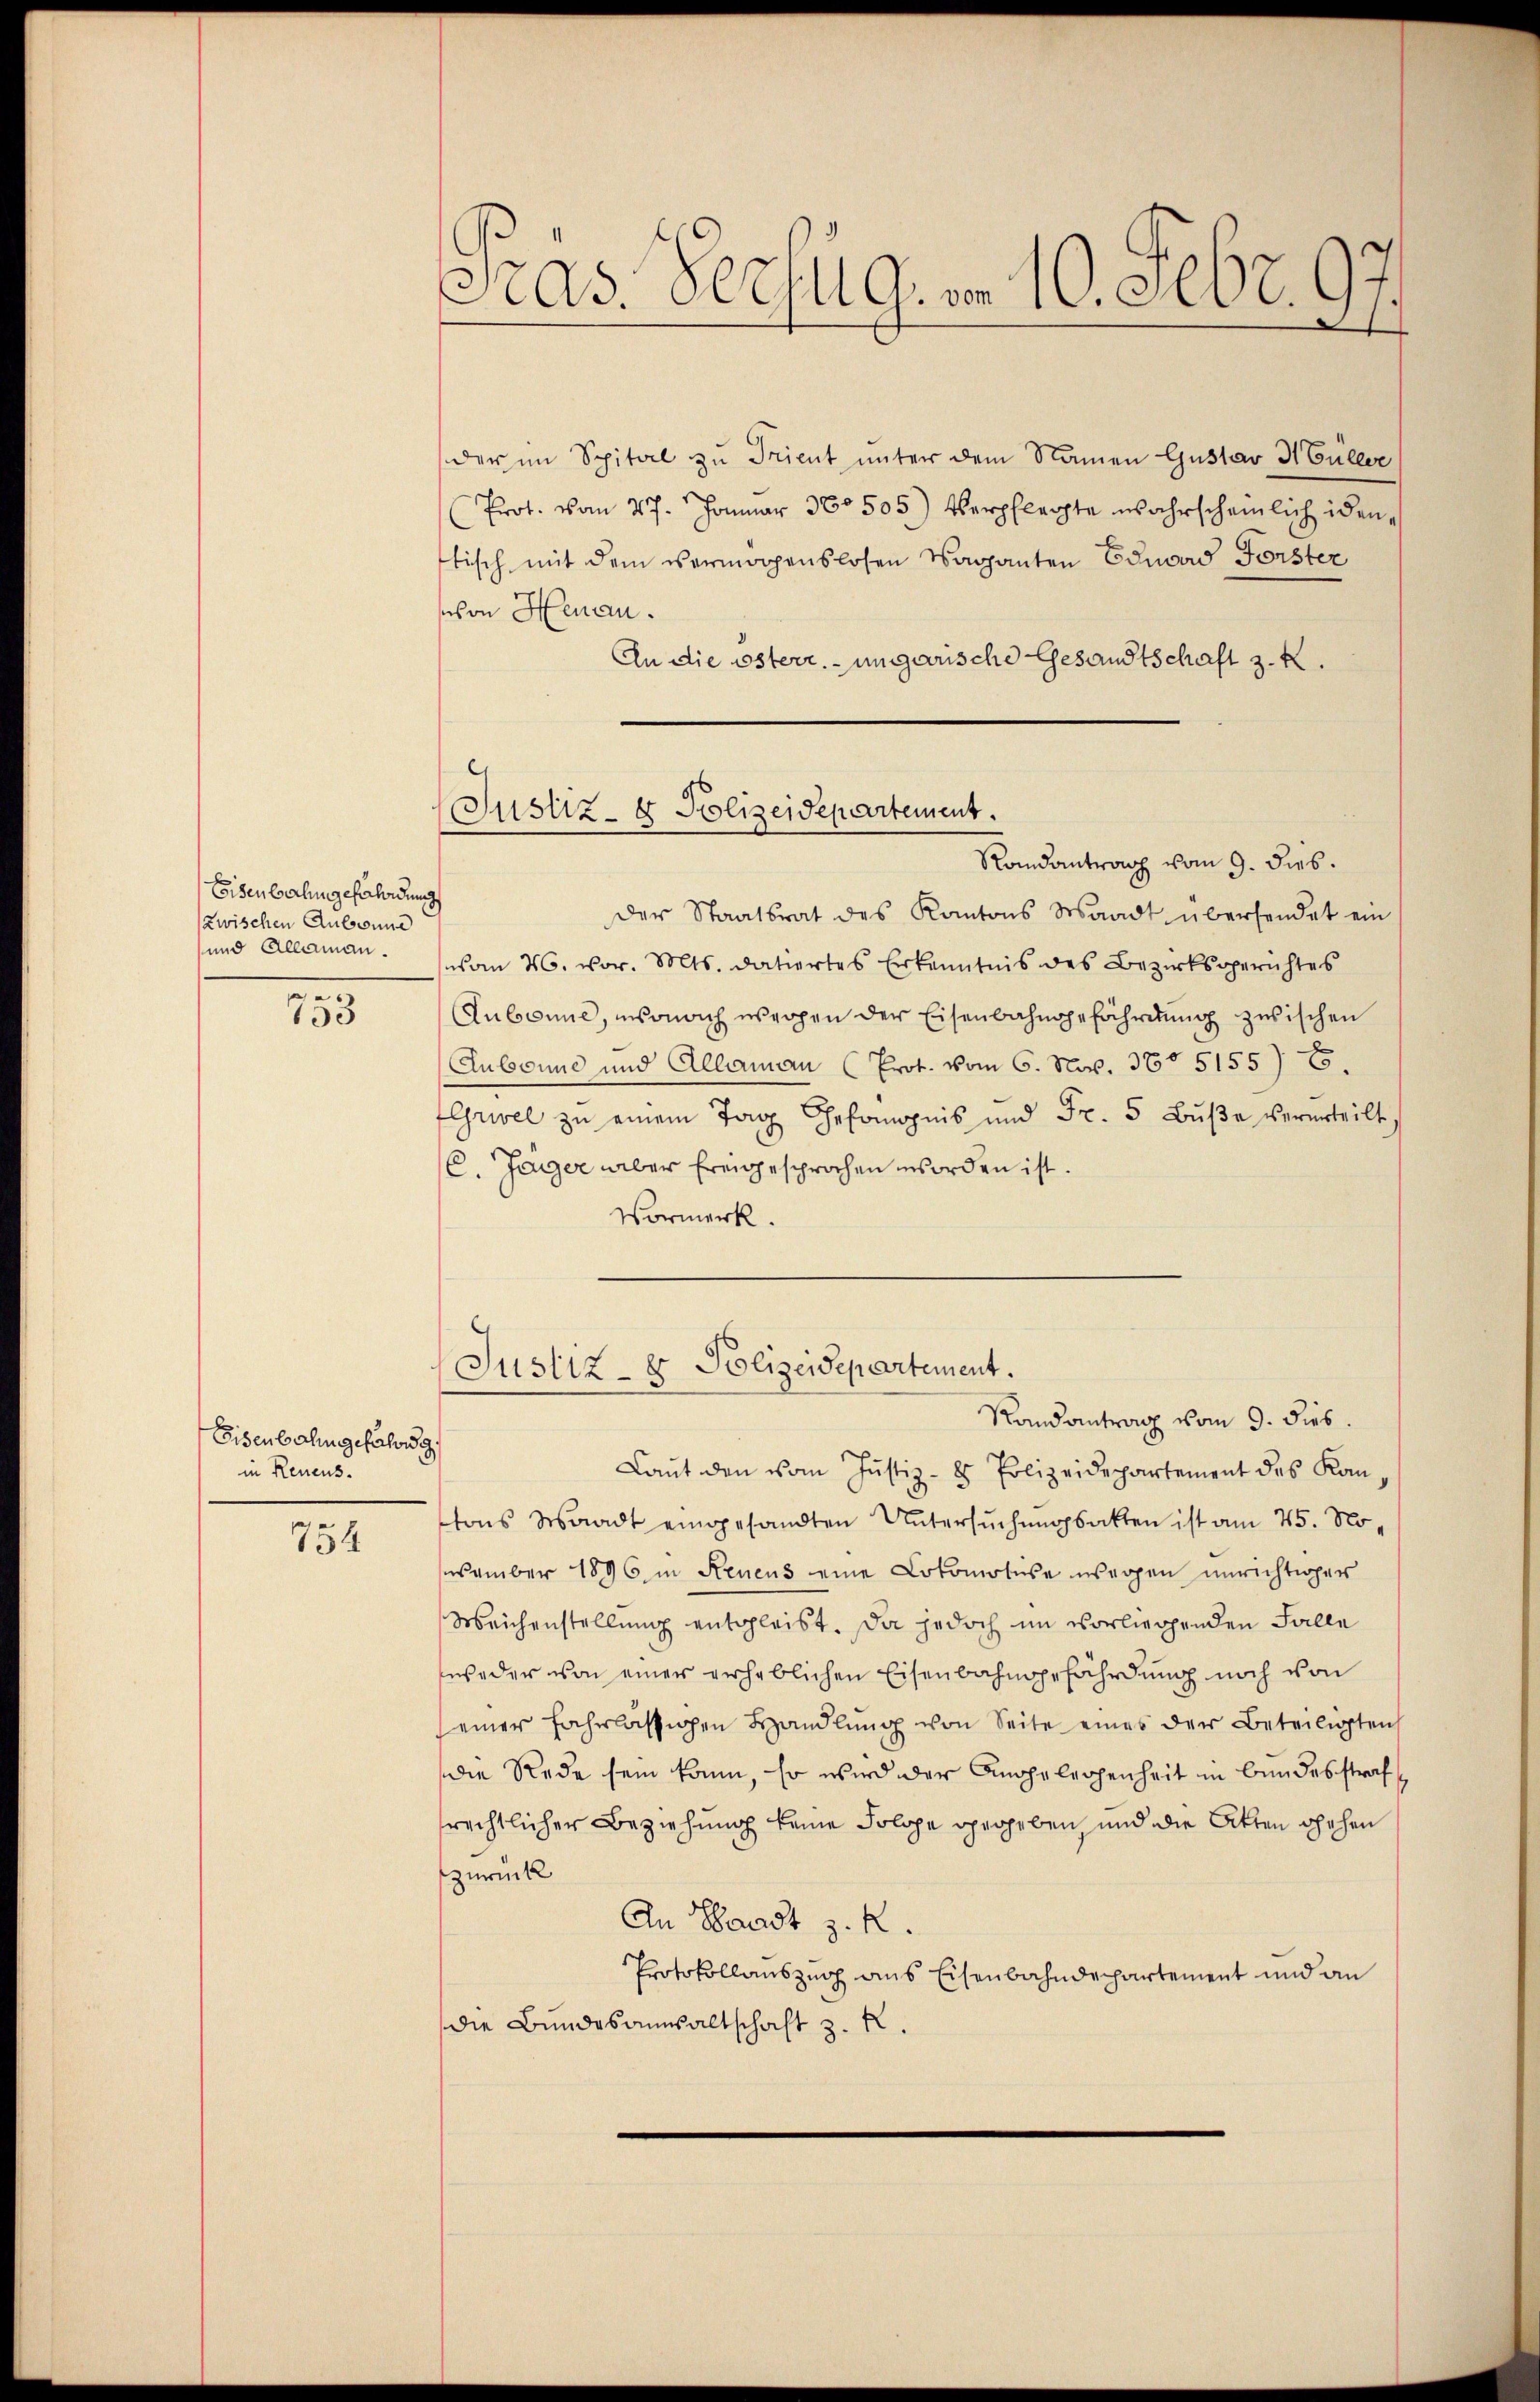
Eisenbarlingefährdung
zwischen Aubonne
und Allaman.
25

755

Eisenbahngefahres g
in Renens.

754

Präs. Rechug. v. 10. Febr. 97.

der im Spital zu Trient unter dem Namen Gustav HEulese
Prot. vom 27. Januar 360505) verpflegte wahrscheinlich iden,
tisch mit dem vermögenslosen Vaganten Eduoad Forster
von Henau.
An die österr. ungarische Gesandtschaft 3. k.
der Staatsrat des Kantons Waadt übersendet ein
vom 26. vor. Mts. datiertes Erkenntnis des Bezirksgerichtes
Aubonne, insonach wegen der Eisenbahngefährdung zwischen
Aubonne und Allemann (Prot. vom 6. No. 36. 5155) E
Grivel zŭ einem Tag Gefängnis und Fr. 5 Bŭβe verurteilt,
C. Jäger aber freigesprochen worden ist.
Vormerk.
Justiz- & Polizeidepartement.
Randantrag vom 9. dies.
Laŭt den vom Justiz-8 Polizeidepartement des Kantons Waadt eingesandten Untersuchungsakten ist am 25. Noevember 1896 in Neuens eine Lokomotise wegen unrichtiger
Meichenstellung entgleibt. Da jedoch im vorliegenden Falle
weder von einer erheblichen Eisenbahngefährdung noch von
seiner fahrlässigen Handlŭng von Seite eines der Beteiligten
die Rede sein kann, so wird der Angelegenheit in Bundesstraf
rechtlicher Beziehung keine Solche gegeben, und die Akten gehen
zurück
An Waadt z. R.
Protokollauszug aus Eisenbahndepartement und an
die Bundesansaltschaft z. R.

Justiz- & Polizeidepartement.
Randantrag vom 9. dies.